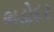
ભડોદર